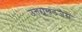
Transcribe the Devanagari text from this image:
उत्तराखंडजैसे